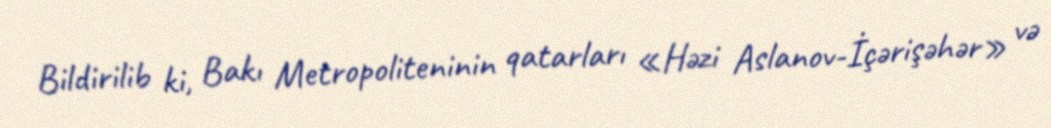
Bildirilib ki, Bakı Metropoliteninin qatarları «Həzi Aslanov-İçərişəhər» və